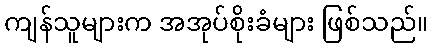
ကျန်သူများက အအုပ်စိုးခံများ ဖြစ်သည်။